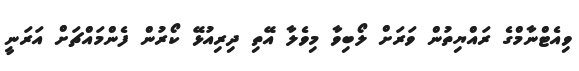
ވިއެޓްނާމްގެ ރައްޔިތުން ވަރަށް ލޯބިވާ މިވެލާ އޭތި ދިރިއުޅޭ ކޯރުން ފެންމައްޗަށް އަރަނީ